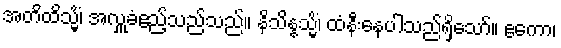
အတိထိသ္မိံ၊ အလှူခံဧည့်သည်သည်။ နိသိန္နသ္မိံ၊ ထံနီးနေပါသည်ရှိသော်။ ဧကော၊